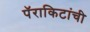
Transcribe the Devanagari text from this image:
पॅराकिटांची